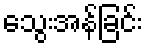
သွေးအန်ခြင်း